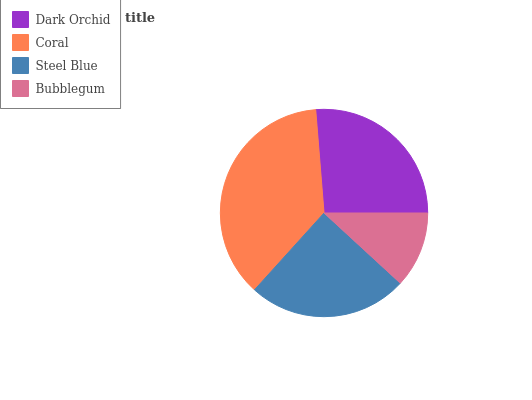
| Dark Orchid | Coral | Steel Blue | Bubblegum |
 | --- | --- | --- | --- |
 | 26.3% | 37.1% | 24.8% | 11.8% |